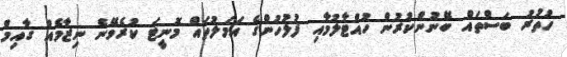
ހުތުރު ބަސްތައް ބޭނުންކުރުން ހުއްޓާލުމާއި ފުލުހުންގެ އަމަލުތައް މޮނީޓަ ކުރެވޭނެ ނިޒާމެއް ގާއިމް